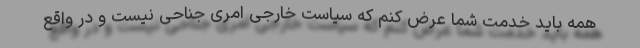
همه باید خدمت شما عرض کنم که سیاست خارجی امری جناحی نیست و در واقع